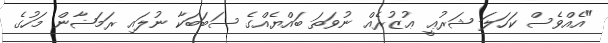
"އެއްވެސް ކަހަލަ ޝަރުޢީ ޢުޒުރެއް ނުވަތަ ބައްޔެއްގެ ސަބަބަކާ ނުލައި ރަމަޟާން މަހުގެ